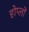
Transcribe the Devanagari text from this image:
होप्लों